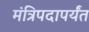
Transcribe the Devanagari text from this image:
मंत्रिपदापर्यंत